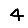
Digit: 4